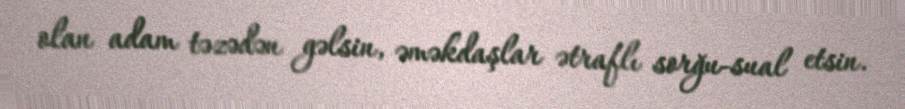
olan adam təzədən gəlsin, əməkdaşlar ətraflı sorğu-sual etsin.